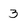
Character: 3